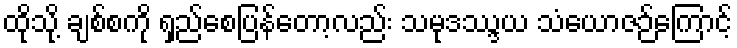
ထိုသို့ ချစ်စကို ရှည်စေပြန်တော့လည်း သမုဒဿ္ဒယ သံယောဇဉ်ကြောင့်